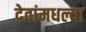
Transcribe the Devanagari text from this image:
देवांमधल्या